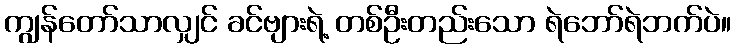
ကျွန်တော်သာလျှင် ခင်ဗျားရဲ့ တစ်ဦးတည်းသော ရဲဘော်ရဲဘက်ပဲ။